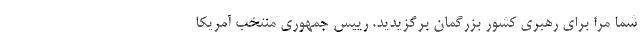
شما مرا برای رهبری کشور بزرگمان برگزیدید. رییس جمهوری منتخب آمریکا